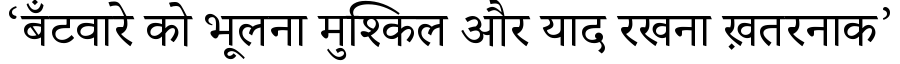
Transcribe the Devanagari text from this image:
‘बँटवारे को भूलना मुश्किल और याद रखना ख़तरनाक’